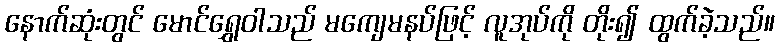
နောက်ဆုံးတွင် မောင်ရွှေဝါသည် မကျေမနပ်ဖြင့် လူအုပ်ကို တိုး၍ ထွက်ခဲ့သည်။